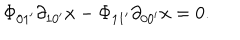
\Phi _ { 0 1 ^ { \prime } } \partial _ { 1 0 ^ { \prime } } x - \Phi _ { 1 1 ^ { \prime } } \partial _ { 0 0 ^ { \prime } } x = 0 .